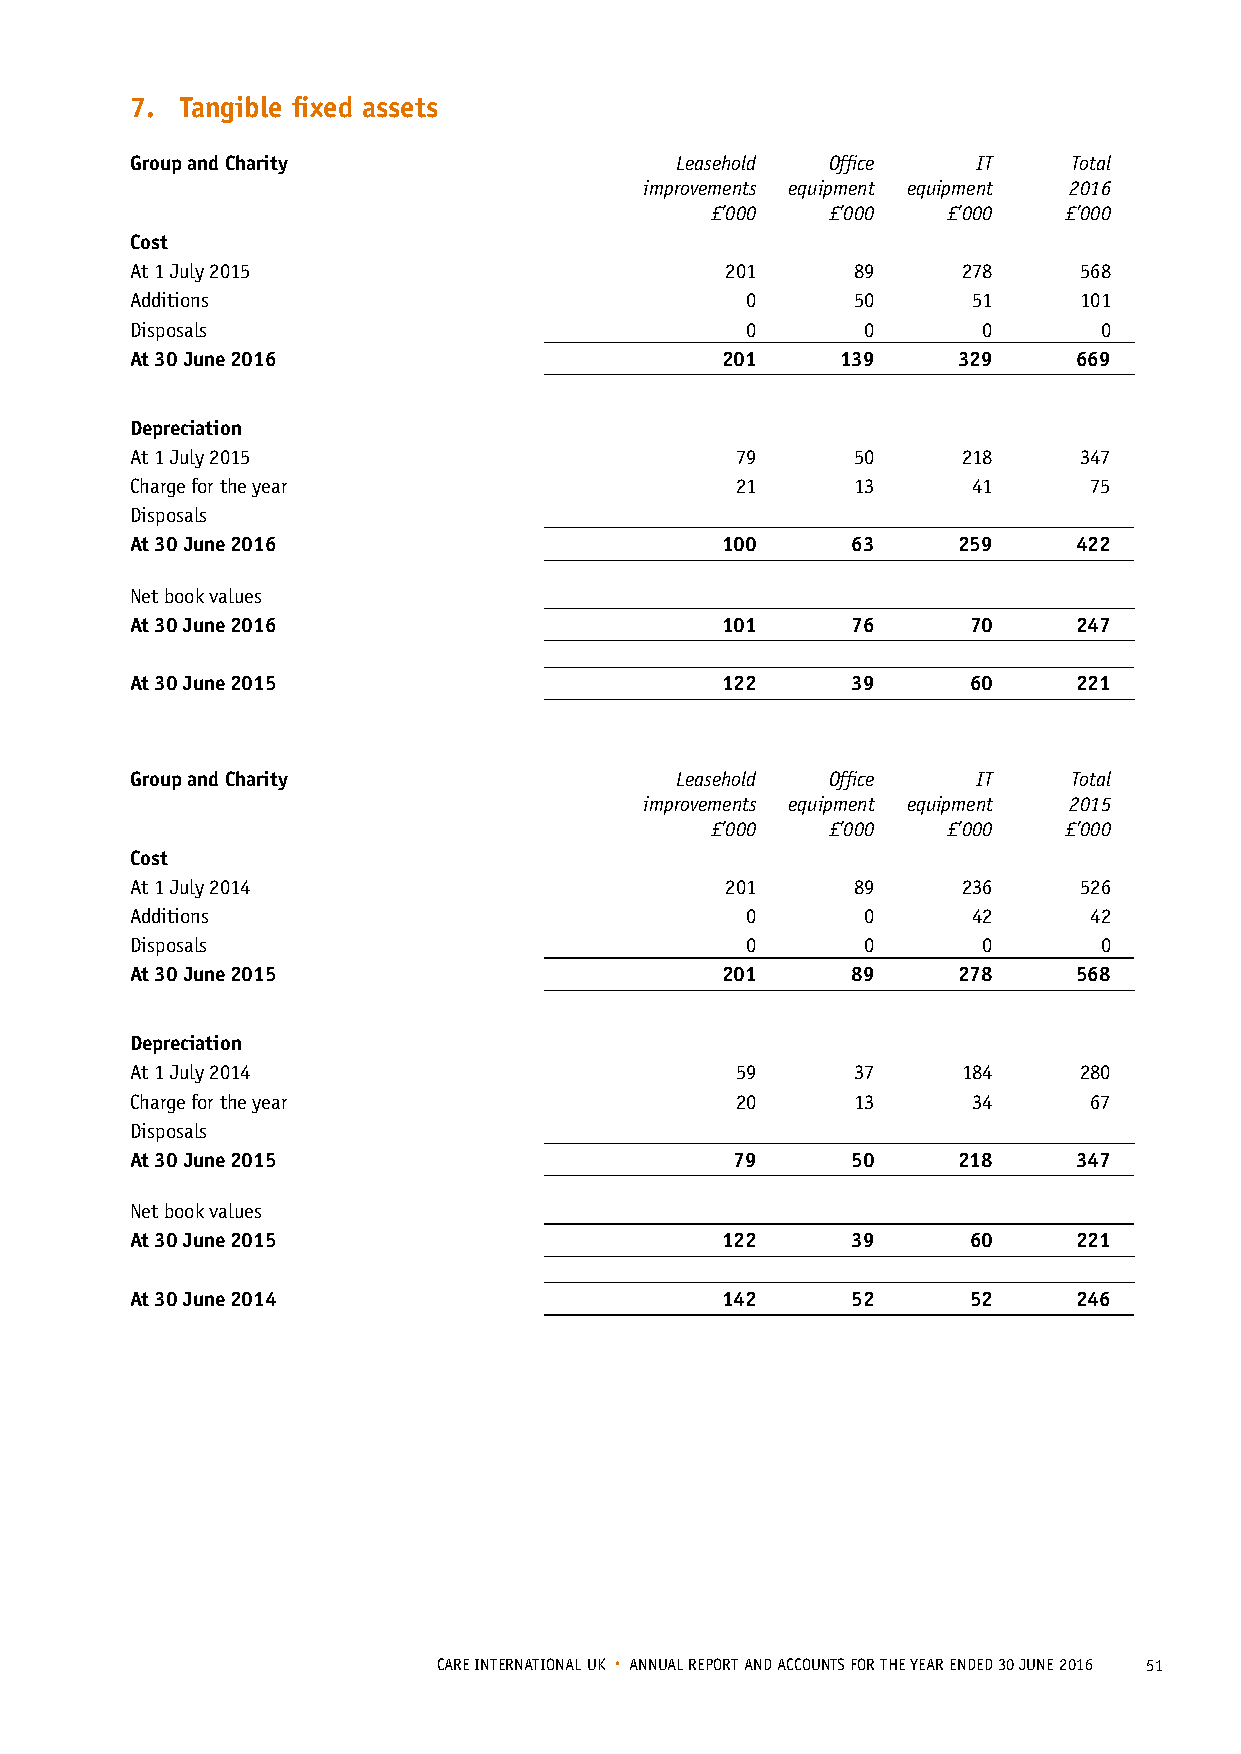
7. Tangible fixed assets
 Group and Charity                   Leasehold Office    IT    Total
 improvements equipment equipment 2016
 £’000   £’000   £’000  £’000
 Cost
 At 1 July 2015                         201     89      278    568
 Additions                               0      50      51     101
 Disposals                               0       0       0       0
 At 30 June 2016                        201     139    329     669
 Depreciation
 At 1 July 2015                          79     50      218    347
 Charge for the year                     21     13      41      75
 Disposals
 At 30 June 2016                        100     63     259     422
 Net book values
 At 30 June 2016                        101     76      70     247
 At 30 June 2015                        122     39      60     221
 Group and Charity                   Leasehold Office    IT    Total
 improvements equipment equipment 2015
 £’000   £’000   £’000  £’000
 Cost
 At 1 July 2014                         201     89      236    526
 Additions                               0       0      42      42
 Disposals                               0       0       0       0
 At 30 June 2015                        201     89     278     568
 Depreciation
 At 1 July 2014                          59     37      184    280
 Charge for the year                     20     13      34      67
 Disposals
 At 30 June 2015                         79     50     218     347
 Net book values
 At 30 June 2015                        122     39      60     221
 At 30 June 2014                        142     52      52     246
 CARE INTERNATIONAL UK • ANNUAL REPORT AND ACCOUNTS FOR THE YEAR ENDED 30 JUNE 2016 51